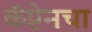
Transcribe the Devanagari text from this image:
कॅप्टेनचा